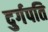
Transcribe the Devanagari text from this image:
दुर्गपति